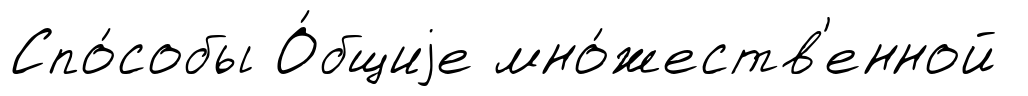
Спо́собы О́бщиjе мно́жеств'енной